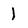
Character: 1